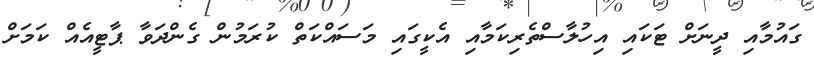
ގައުމާއި ދީނަށް ޓަކައި އިހުލާސްތެރިކަމާއި އެކީގައި މަސައްކަތް ކުރަމުން ގެންދަވާ ޕާޓީއެއް ކަމަށް